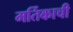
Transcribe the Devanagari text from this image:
मर्तिकाची